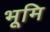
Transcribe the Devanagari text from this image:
भूमि